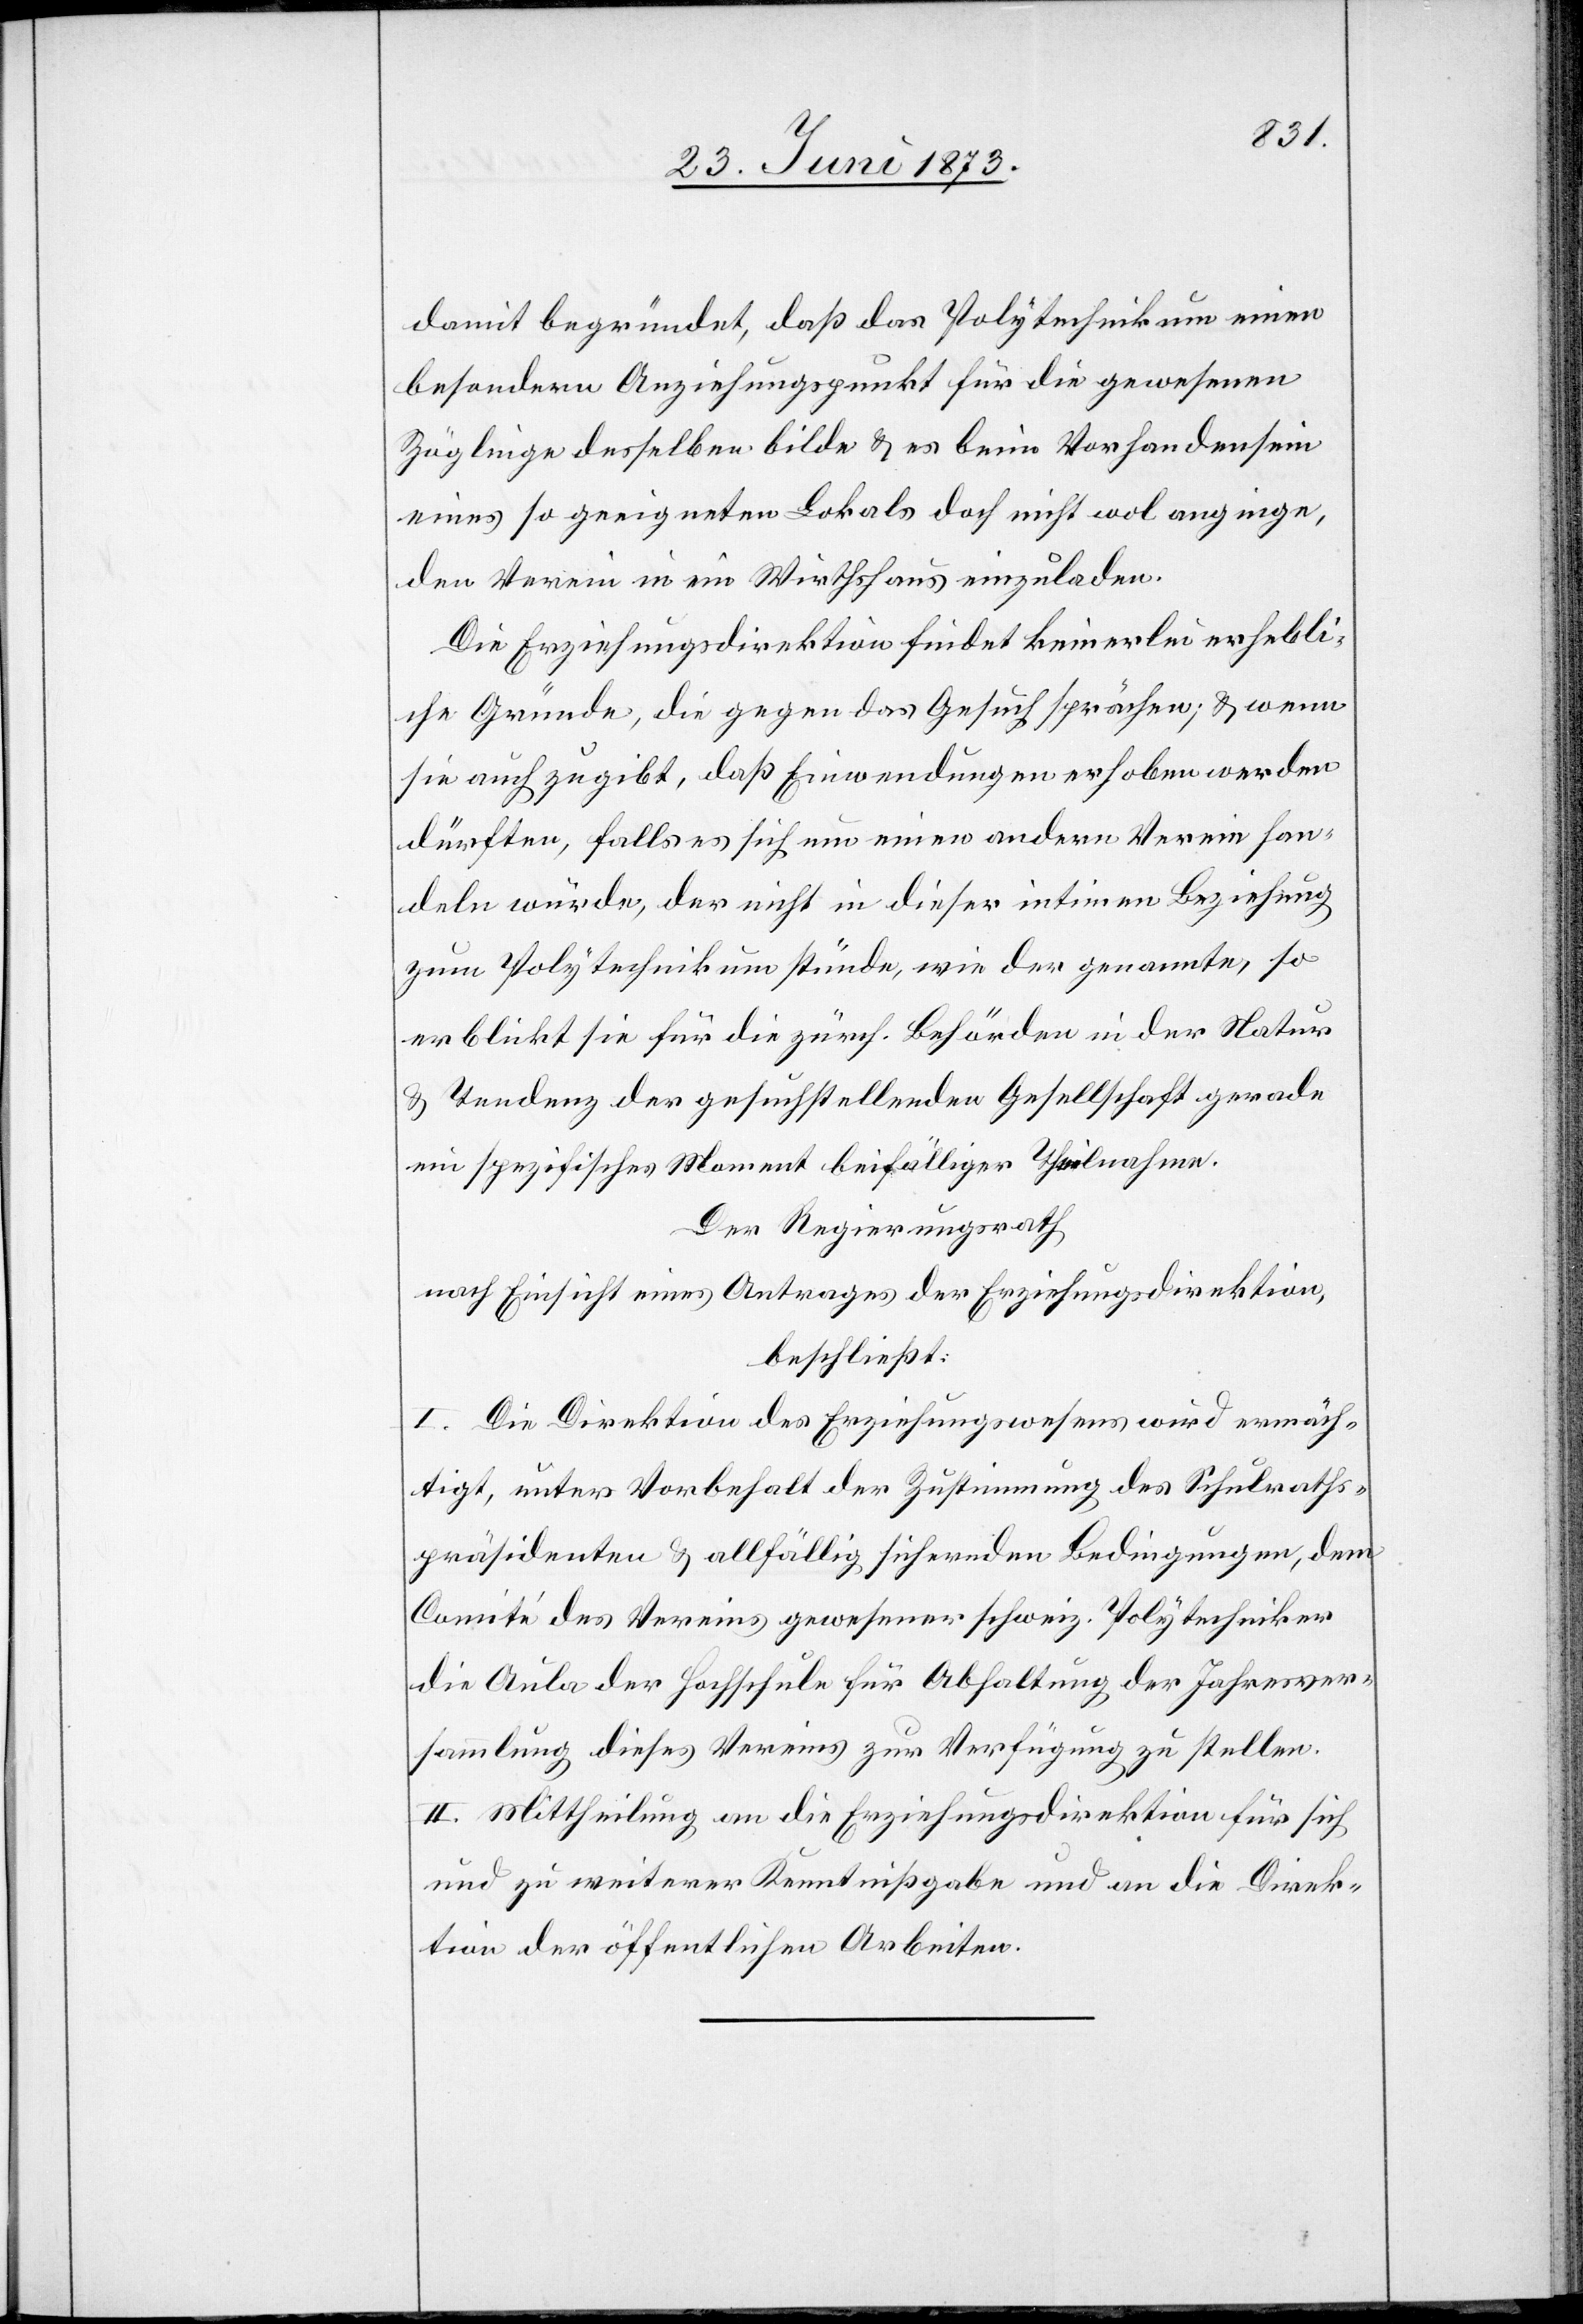
damit begründet, daß das Polytechnikum einen
besondern Anziehungspunkt für die gewesenen
Zöglinge desselben bilde & es beim Vorhandensein
eines so geeigneten Lokals doch nicht wol anginge,
den Verein in ein Wirthshaus einzuladen.
Die Erziehungsdirektion findet keinerlei erhebli¬
che Gründe, die gegen das Gesuch sprächen; & wenn
sie auch zugibt, daß Einwendungen erhoben werden
dürften, falls es sich um einen andern Verein han¬
deln würde, der nicht in dieser intimen Beziehung
zum Polytechnikum stünde, wie der genannte, so
erblickt sie für die zürch. Behörden in der Natur
& Tendenz der gesuchstellenden Gesellschaft gerade
ein spezifisches Moment beifälliger Theilnahme.
Der Regierungsrath
nach Einsicht eines Antrages der Erziehungsdirektion,
beschließt:
I. Die Direktion des Erziehungswesens wird ermäch¬
tigt, unter Vorbehalt der Zustimmung des Schulraths¬
präsidenten & allfällig sichernden Bedingungen, dem
Comité des Vereins gewesener schweiz. Polytechniker
die Aula der Hochschule für Abhaltung der Jahresver¬
sammlung dieses Vereins zur Verfügung zu stellen.
II. Mittheilung an die Erziehungsdirektion für sich
und zu weiterer Kenntnißgabe und an die Direk¬
tion der öffentlichen Arbeiten.